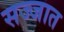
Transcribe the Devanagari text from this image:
सज्जात